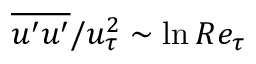
\overline { { u ^ { \prime } u ^ { \prime } } } / u _ { \tau } ^ { 2 } \sim \ln R e _ { \tau }